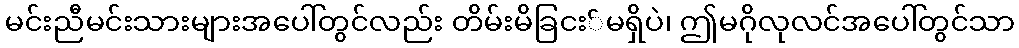
မင်းညီမင်းသားများအပေါ်တွင်လည်း တိမ်းမိခြငး်မရှိပဲ၊ ဤမဂိုလုလင်အပေါ်တွင်သာ